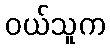
ဝယ်သူက